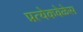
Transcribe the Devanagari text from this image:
प्रत्येकवेळेस